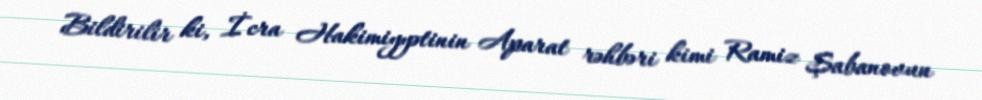
Bildirilir ki, İcra Hakimiyyətinin Aparat rəhbəri kimi Ramiz Şabanovun